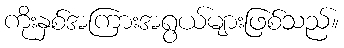
ကိုးနှစ်အကြားအရွယ်များဖြစ်သည်။